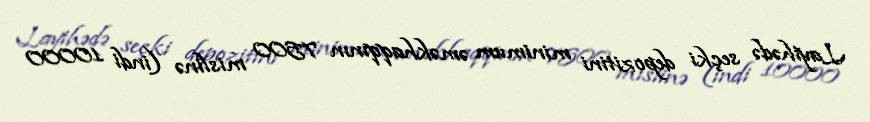
Layihədə seçki depozitini minimum əməkhaqqının 7500 mislinə (indi 10000